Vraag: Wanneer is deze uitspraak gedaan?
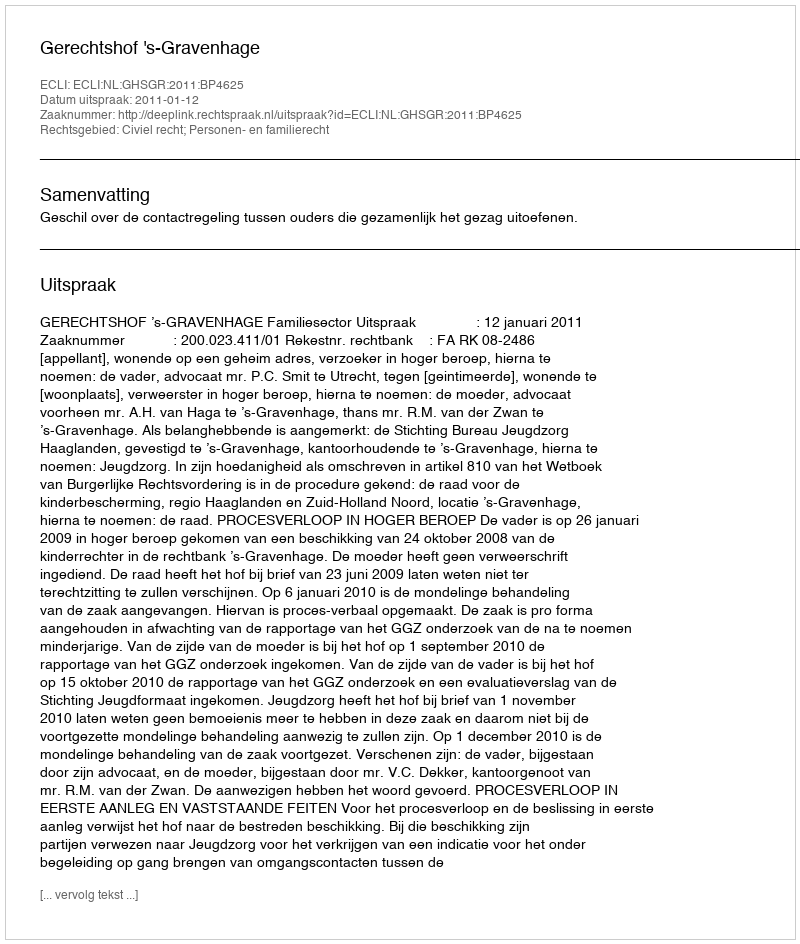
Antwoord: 2011-01-12